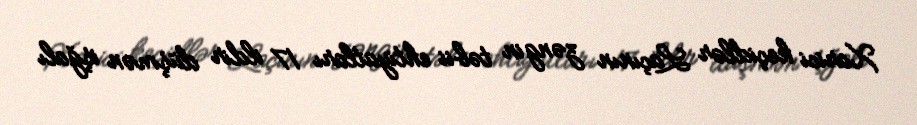
Xarici keçidlər Laçının zəngin təbii ehtiyatları 17 ildir düşmən işğalı